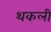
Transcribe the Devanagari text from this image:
थकली